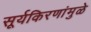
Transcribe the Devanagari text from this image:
सूर्यकिरणांमुळे